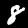
Label: 8